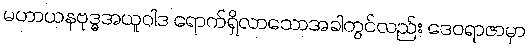
မဟာယနဗုဒ္ဓအယူဝါဒ ရောက်ရှိလာသောအခါတွင်လည်း ဒေဝရာဇာမှာ